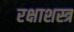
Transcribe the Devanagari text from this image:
रक्षाशस्त्र